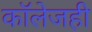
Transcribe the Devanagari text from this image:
काॅलेजही